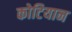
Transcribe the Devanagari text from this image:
कोटियान